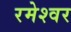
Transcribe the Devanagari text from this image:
रमेश्वर